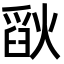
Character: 𪹗